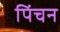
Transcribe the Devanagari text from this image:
पिंचन